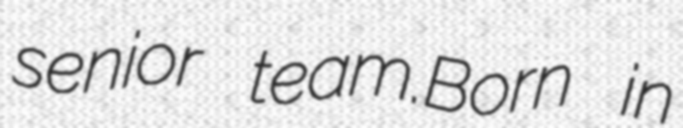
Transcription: senior team.Born in